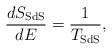
LaTeX: \begin{align*}\frac{dS_{\rm SdS}}{dE}=\frac{1}{T_{\rm SdS}},\end{align*}